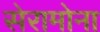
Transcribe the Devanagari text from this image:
सेरामोना